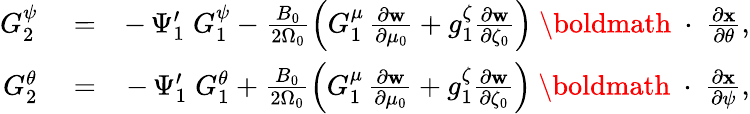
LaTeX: \begin{array}{rlr}{G_{2}^{\psi}}&{{}=}&{-\, \Psi_{1}^{\prime}\; G_{1}^{\psi}-\frac{B_{0}}{2\Omega_{0}}\left(G_{1}^{\mu}\, \frac{\partial\mathbf w}{\partial\mu_{0}}+g_{1}^{\zeta}\frac{\partial\mathbf w}{\partial\zeta_{0}}\right)\mathrm{~\boldmath~\cdot~}\frac{\partial\mathbf x}{\partial\theta},}\\ {G_{2}^{\theta}}&{{}=}&{-\, \Psi_{1}^{\prime}\; G_{1}^{\theta}+\frac{B_{0}}{2\Omega_{0}}\left(G_{1}^{\mu}\, \frac{\partial\mathbf w}{\partial\mu_{0}}+g_{1}^{\zeta}\frac{\partial\mathbf w}{\partial\zeta_{0}}\right)\mathrm{~\boldmath~\cdot~}\frac{\partial\mathbf x}{\partial\psi},}\end{array}